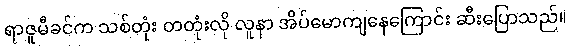
ရာဇူမီခင်က သစ်တုံး တတုံးလို လူနာ အိပ်မောကျနေကြောင်း ဆီးပြောသည်။